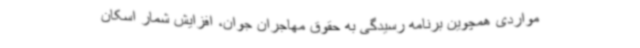
مواردی همچوین برنامه رسیدگی به حقوق مهاجران جوان،‌ افزایش شمار اسکان